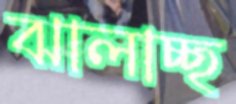
ঝালাচ্ছ